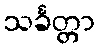
သင်္ခတ္တာ